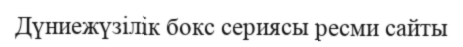
Дүниежүзілік бокс сериясы ресми сайты